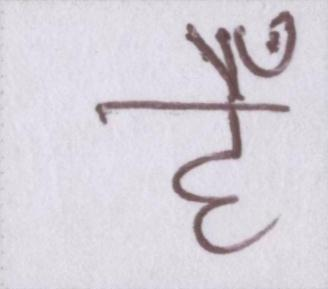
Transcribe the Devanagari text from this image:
हैँ